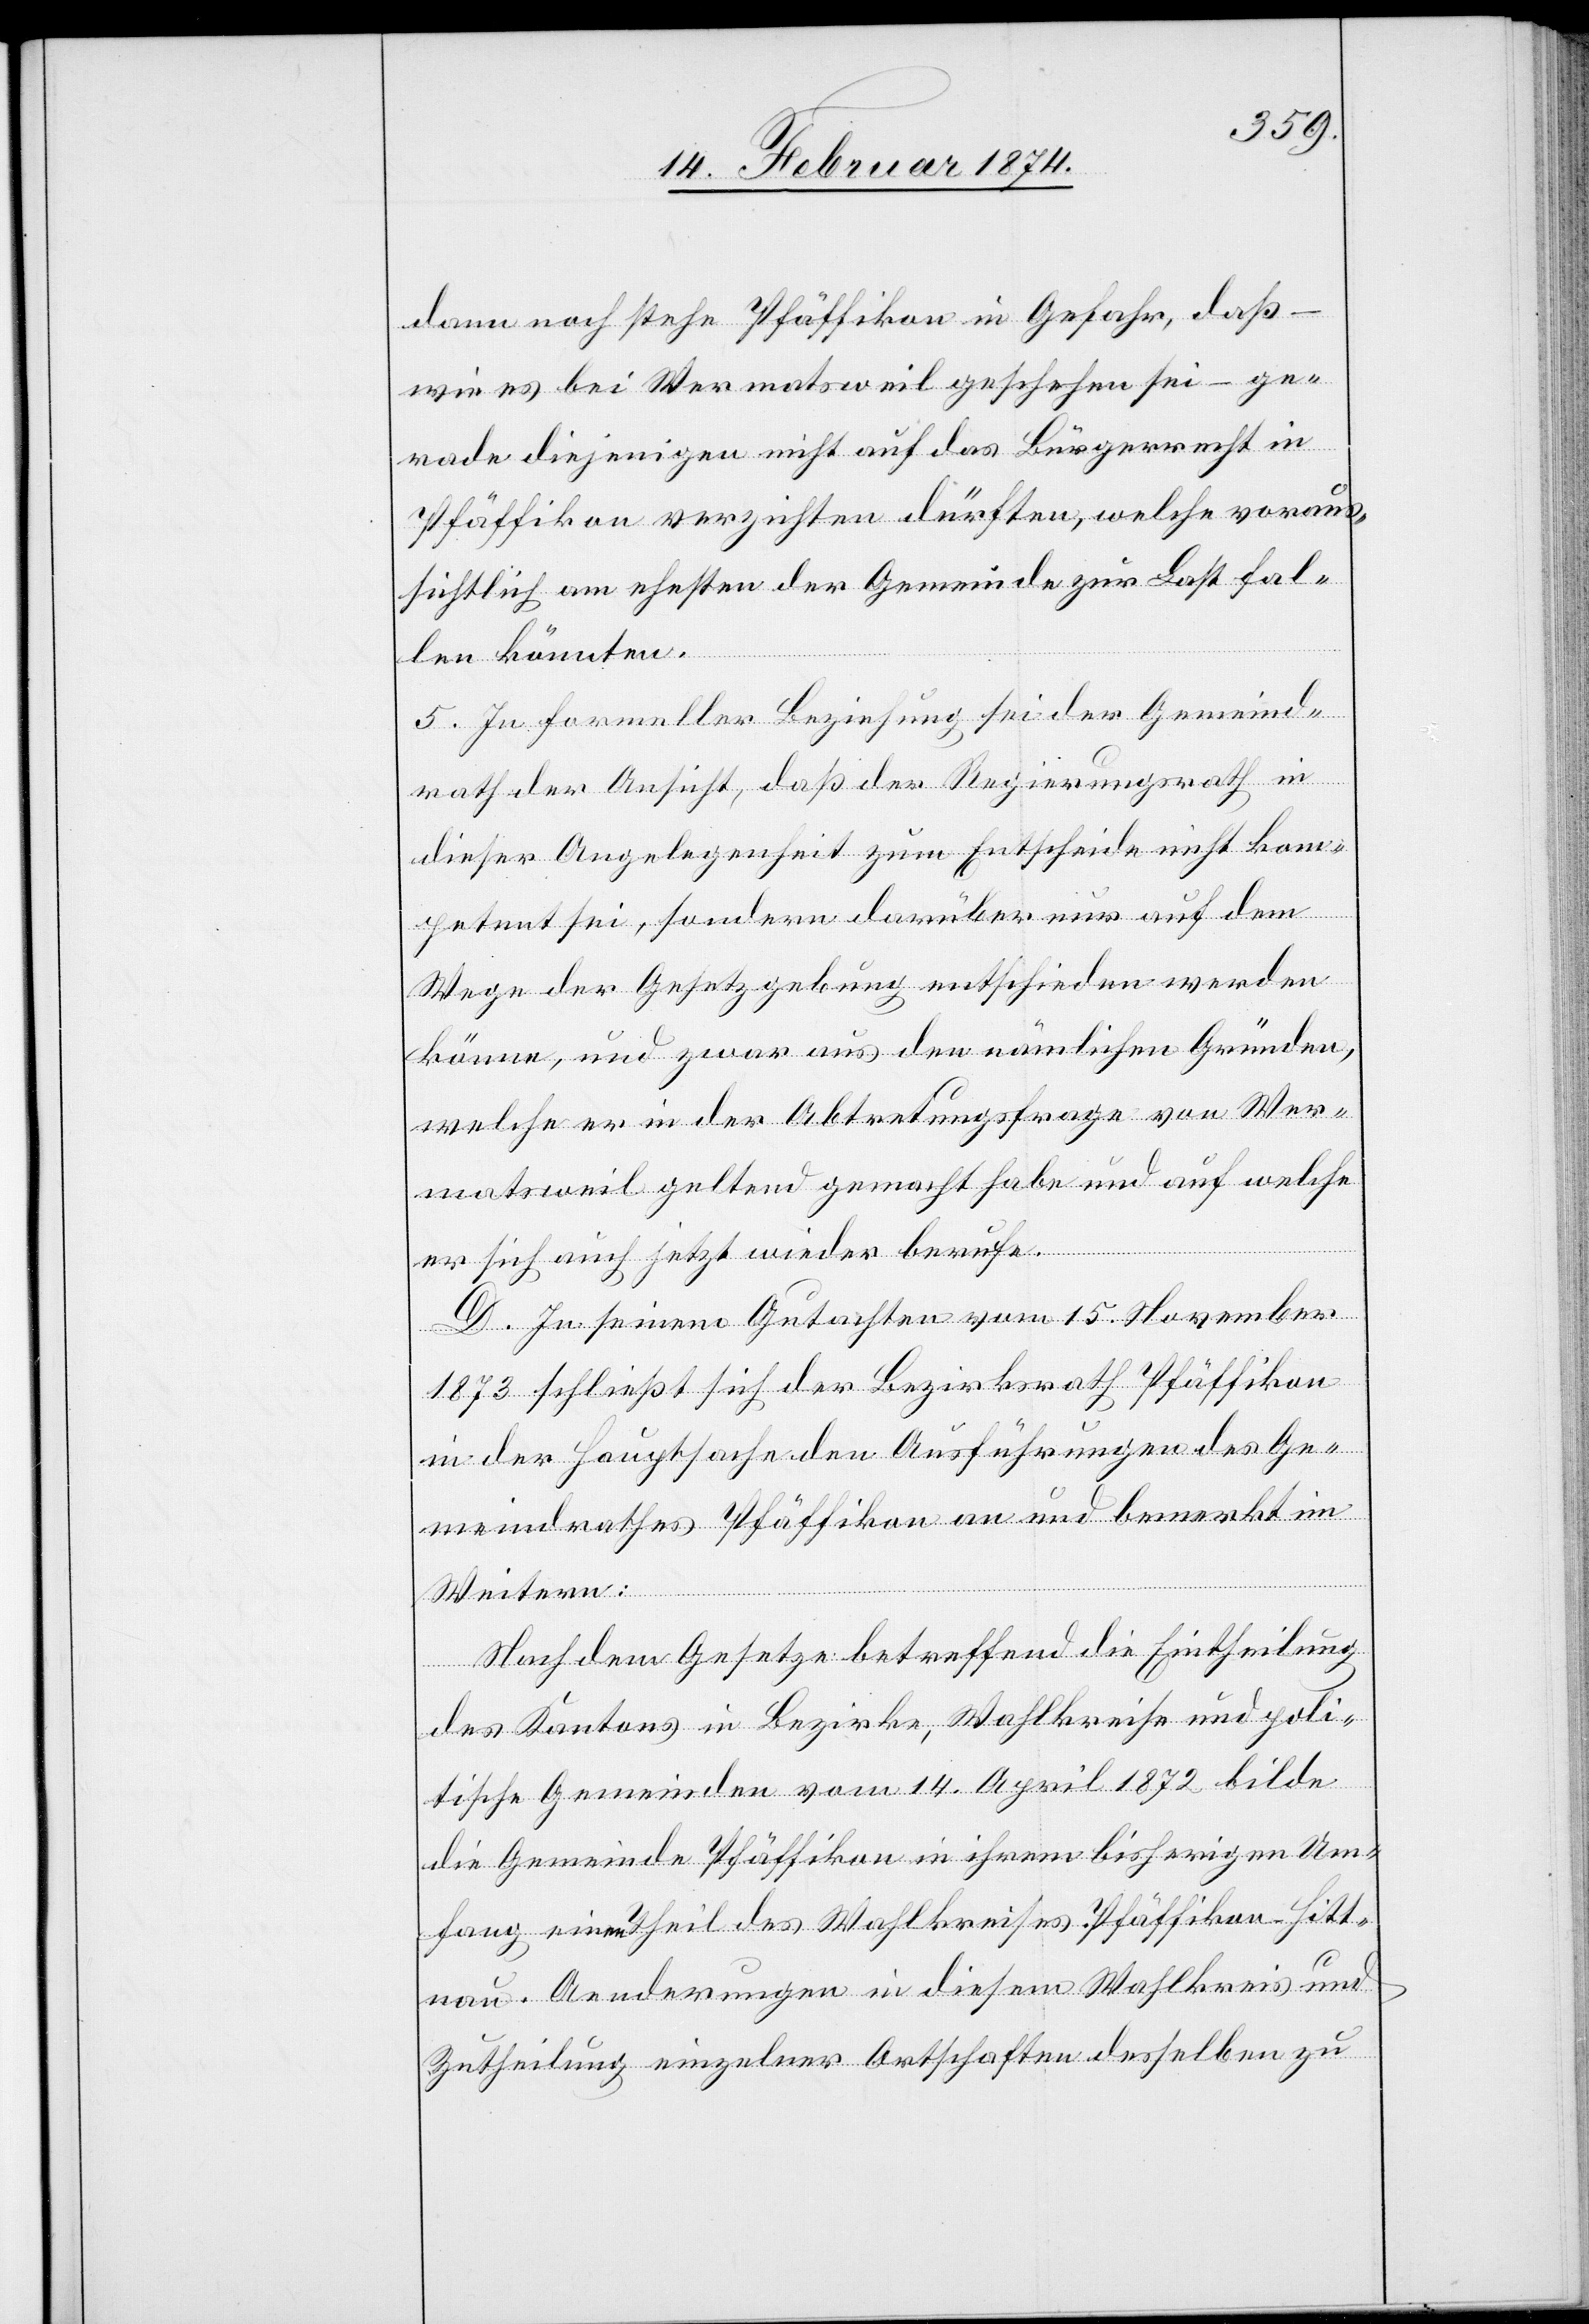
dann noch stehe Pfäffikon in Gefahr, daß –
wie es bei Wermatsweil geschehen sei – ge¬
rade diejenigen nicht auf das Bürgerrecht in
Pfäffikon verzichten dürften, welche voraus¬
sichtlich am ehesten der Gemeinde zur Last fal¬
len könnten.
5. In formeller Beziehung sei der Gemeind¬
rath der Ansicht, daß der Regierungsrath in
dieser Angelegenheit zum Entscheide nicht kom¬
petent sei, sondern darüber nur auf dem
Wege der Gesetzgebung entschieden werden
könne, und zwar aus den nämlichen Gründen,
welche er in der Abtretungsfrage von Wer¬
matsweil geltend gemacht habe und auf welche
er sich auch jetzt wieder berufe.
D. In seinem Gutachten vom 15. November
1873 schließt sich der Bezirksrath Pfäffikon
in der Hauptsache den Ausführungen des Ge¬
meindrathes Pfäffikon an und bemerkt im
Weiteren:
Nach dem Gesetze betreffend die Eintheilung
des Kantons in Bezirke, Wahlkreise und poli¬
tische Gemeinden vom 14. April 1872 bilde
die Gemeinde Pfäffikon in ihrem bisherigen Um¬
fang einen Theil des Wahlkreises Pfäffikon-Hitt¬
nau. Aenderungen in diesem Wahlkreis und
Zutheilung einzelner Ortschaften desselben zu